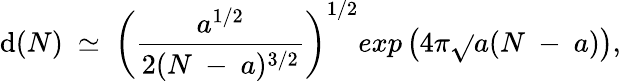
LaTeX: \mathrm{d}(N)~\simeq~\left(\frac{{a^{1/2}}}{{2(N~-~a)^{3/2}}}\right)^{1/2}exp\left(4\pi{\sqrt{}{{a(N~-~a)}}}\right),